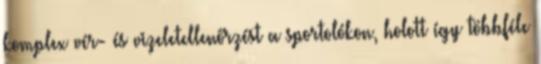
komplex vér- és vizeletellenőrzést a sportolókon, holott így többféle